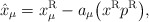
\begin{gather*}\hat{x}_\mu=x_\mu^{\rm R}-a_\mu\big(x^{\rm R}p^{\rm R}\big),\end{gather*}